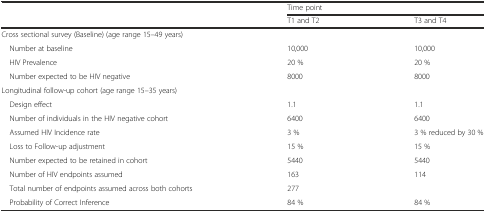
<table><thead><tr><td></td><td colspan="2"><b>Time point</b></td></tr><tr><td></td><td><b>T1 and T2</b></td><td><b>T3 and T4</b></td></tr></thead><tbody><tr><td colspan="3">Cross sectional survey (Baseline) (age range 15–49 years)</td></tr><tr><td> Number at baseline</td><td>10,000</td><td>10,000</td></tr><tr><td> HIV Prevalence</td><td>20 %</td><td>20 %</td></tr><tr><td> Number expected to be HIV negative</td><td>8000</td><td>8000</td></tr><tr><td colspan="3">Longitudinal follow-up cohort (age range 15–35 years)</td></tr><tr><td> Design effect</td><td>1.1</td><td>1.1</td></tr><tr><td> Number of individuals in the HIV negative cohort</td><td>6400</td><td>6400</td></tr><tr><td> Assumed HIV Incidence rate</td><td>3 %</td><td>3 % reduced by 30 %</td></tr><tr><td> Loss to Follow-up adjustment</td><td>15 %</td><td>15 %</td></tr><tr><td> Number expected to be retained in cohort</td><td>5440</td><td>5440</td></tr><tr><td> Number of HIV endpoints assumed</td><td>163</td><td>114</td></tr><tr><td> Total number of endpoints assumed across both cohorts</td><td colspan="2">277</td></tr><tr><td> Probability of Correct Inference</td><td>84 %</td><td>84 %</td></tr></tbody></table>